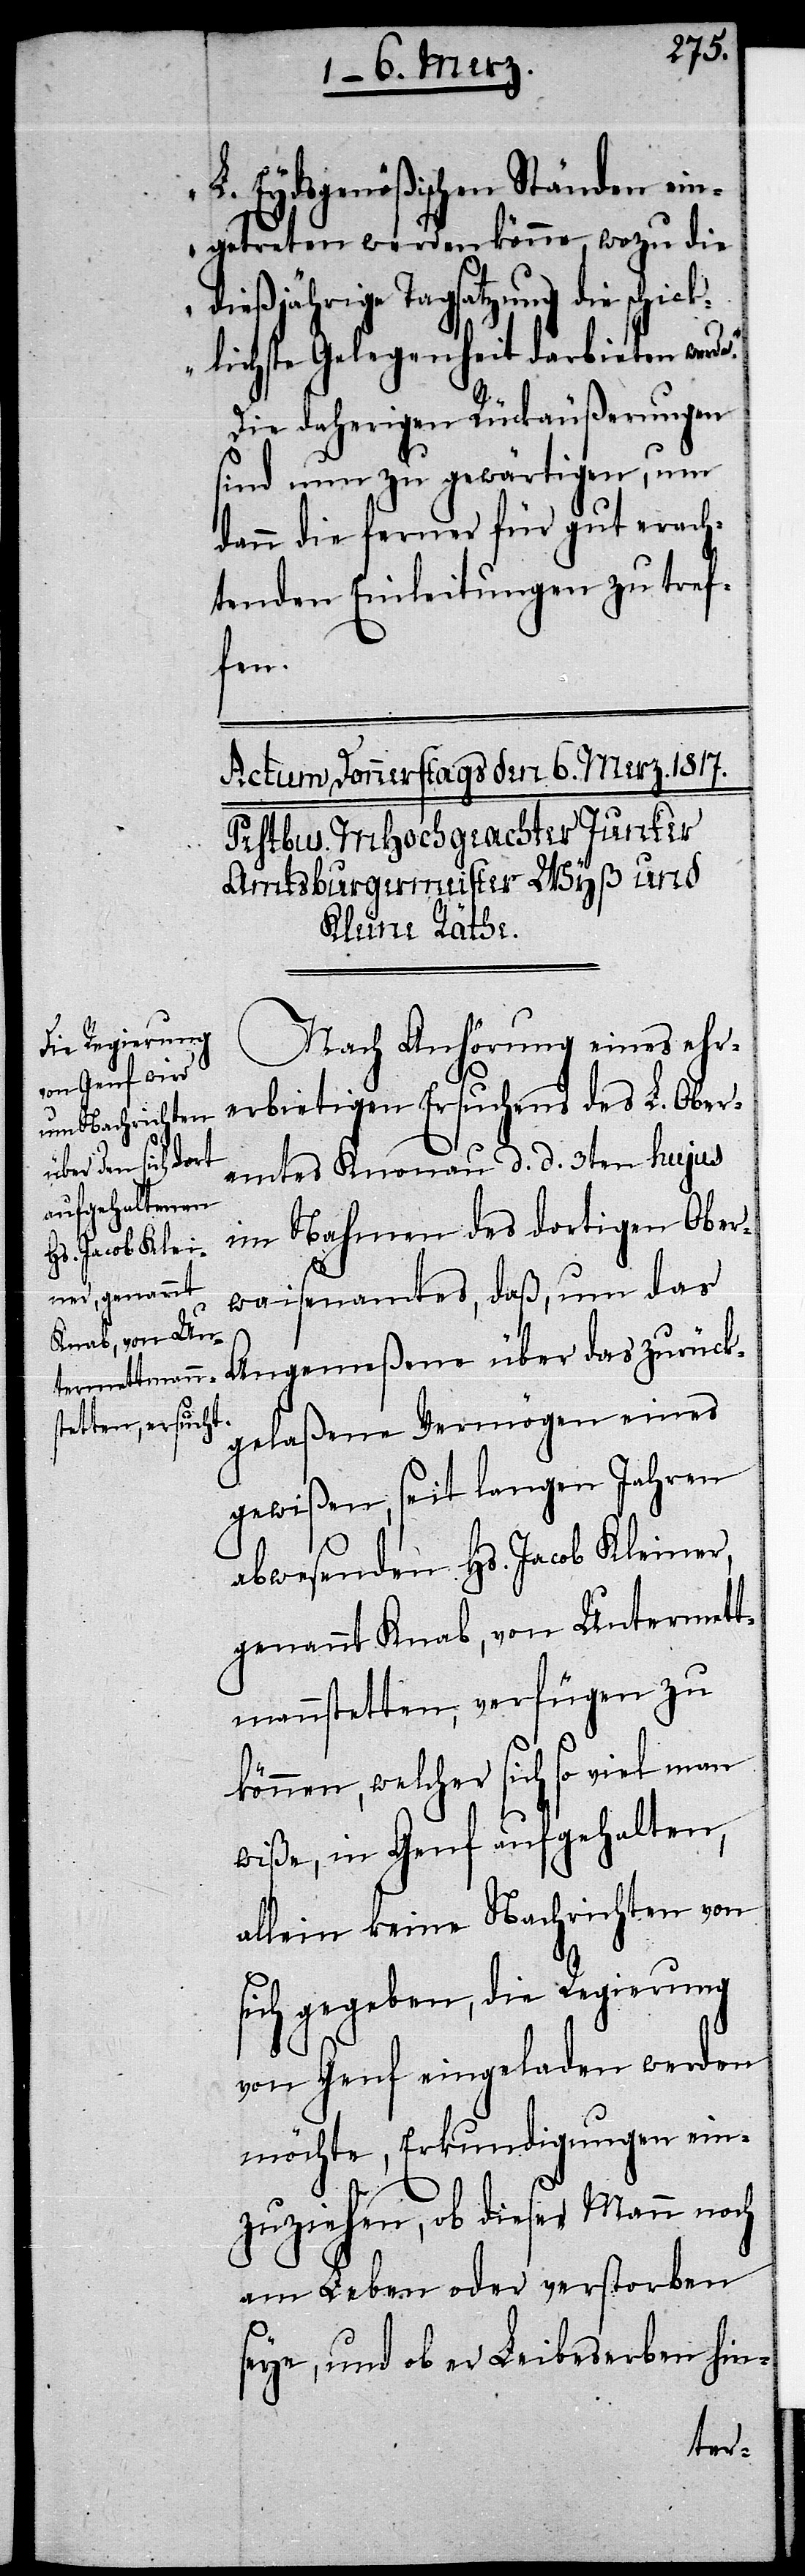
e.“
L. Eydsgenößischen Ständen ein¬
getreten werden könne, wozu die
dießjährige Tagsatzung die schic¬
klichste Gelegenheit darbieten werd¬
Die daherigen Rückäußerungen
sind nun zu gewärtigen, um
dann die ferner für gut erach¬
tenden Einleitungen zu tref¬
fen.
Nach Anhörung eines ehr¬
erbietigen Ersuchens des L. Ober¬
amtes Knonau d. d. 3ten hujus
im Nahmen des dortigen Ober¬
waisenamtes, daß, um das
Angemeßene über das zurück¬
gelaßene Vermögen eines
gewißen, seit langen Jahren
abwesenden Hs. Jacob Kleiner,
genannt Knab, von Untermett¬
mannstetten, verfügen zu
können, welcher sich so viel man
wiße, in Genf aufgehalten,
allein keine Nachrichten von
sich gegeben, die Regierung
von Genf eingeladen werden
möchte, Erkundigungen ein¬
zuziehen, ob dieser Mann noch
am Leben oder verstorben
seye, und ob er Leibeserben hin-